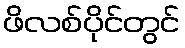
ဖိလစ်ပိုင်တွင်